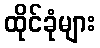
ထိုင်ခုံများ